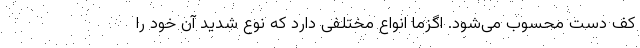
کف دست محسوب می‌شود. اگزما انواع مختلفی دارد که نوع شدید آن خود را